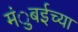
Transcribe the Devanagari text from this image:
मंुबईच्या